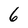
Character: 6